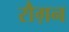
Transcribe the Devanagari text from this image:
रौग़न